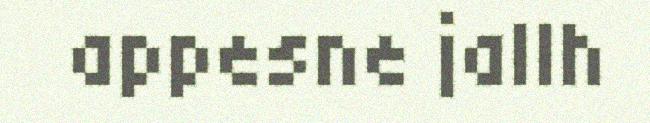
appesne jallh